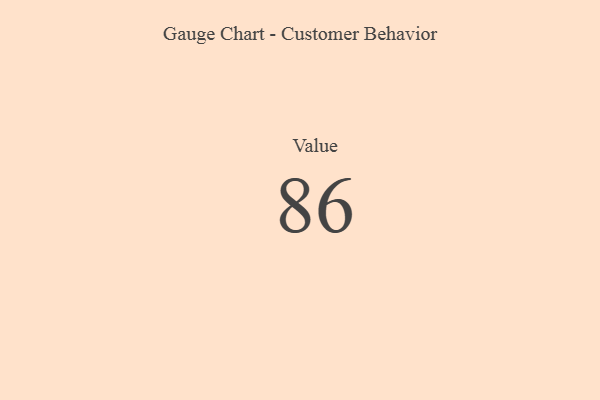
{"axis": {"x": "Metric", "y": "Value"}, "legend": [""], "data": [{"x": "Value", "y": 86, "type": ""}]}